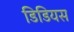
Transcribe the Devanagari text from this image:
डिडियस